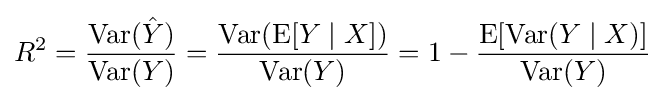
R^{2}={\frac {\operatorname {Var} ({\hat {Y}})}{\operatorname {Var} (Y)}}={\frac {\operatorname {Var} (\operatorname {E} [Y\mid X])}{\operatorname {Var} (Y)}}=1-{\frac {\operatorname {E} [\operatorname {Var} (Y\mid X)]}{\operatorname {Var} (Y)}}